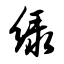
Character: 绿